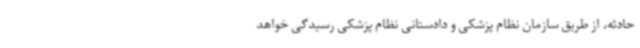
حادثه، از طریق سازمان نظام پزشکی و دادستانی نظام پزشکی رسیدگی خواهد